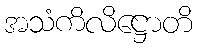
အသံကိလိဋ္ဌောတိ